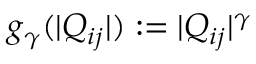
g _ { \gamma } ( | Q _ { i j } | ) : = | Q _ { i j } | ^ { \gamma }